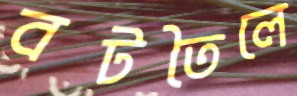
বটতৈলে